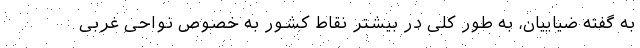
به گفته ضیاییان، به طور کلی در بیشتر نقاط کشور به خصوص نواحی غربی